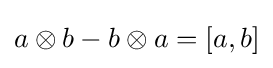
a\otimes b-b\otimes a=[a,b]